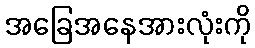
အခြေအနေအားလုံးကို